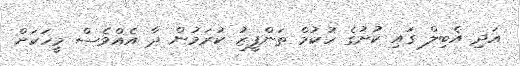
އަދި އެބިލް ގައި ކުށުގެ ހުކުމް ތަންފީޒު ކުރަމުން ދާ އެއްވެސް މީހަކަށް